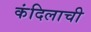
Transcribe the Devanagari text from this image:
कंदिलाची